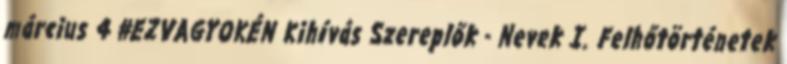
március 4 #EZVAGYOKÉN Kihívás Szereplők - Nevek I. Felhőtörténetek